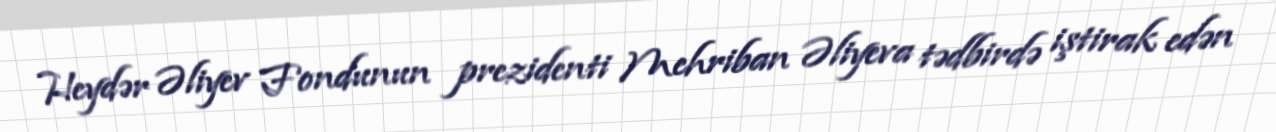
Heydər Əliyev Fondunun prezidenti Mehriban Əliyeva tədbirdə iştirak edən